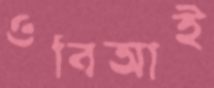
ওবিআই